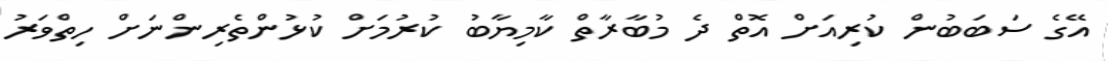
އޭގެ ސަބަބުން ކުރިއަށް އޮތް ދެ މުބާރާތް ކާމިޔާބު ކުރުމަށް ކުޅުންތެރިންނަށް ހިތްވަރު